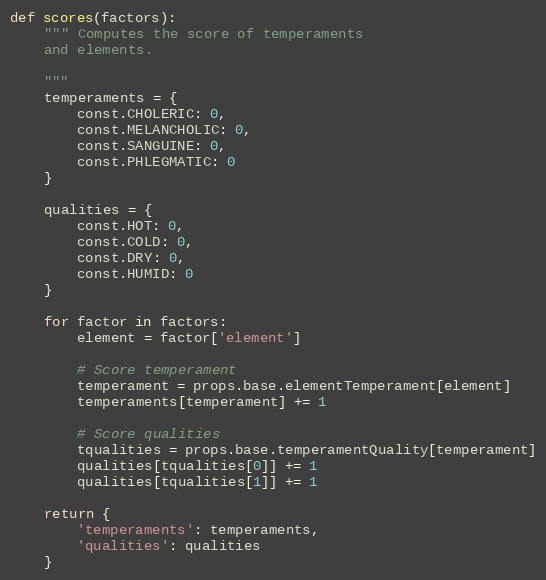
Language: Python
def scores(factors):
    """ Computes the score of temperaments
    and elements.

    """
    temperaments = {
        const.CHOLERIC: 0,
        const.MELANCHOLIC: 0,
        const.SANGUINE: 0,
        const.PHLEGMATIC: 0
    }

    qualities = {
        const.HOT: 0,
        const.COLD: 0,
        const.DRY: 0,
        const.HUMID: 0
    }

    for factor in factors:
        element = factor['element']

        # Score temperament
        temperament = props.base.elementTemperament[element]
        temperaments[temperament] += 1

        # Score qualities
        tqualities = props.base.temperamentQuality[temperament]
        qualities[tqualities[0]] += 1
        qualities[tqualities[1]] += 1

    return {
        'temperaments': temperaments,
        'qualities': qualities
    }